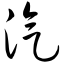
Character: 汽